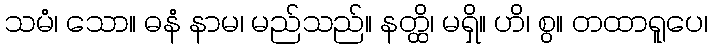
သမံ၊ သော။ ဓနံ နာမ၊ မည်သည်။ နတ္ထိ၊ မရှိ။ ဟိ၊ စွ။ တထာရူပေ၊